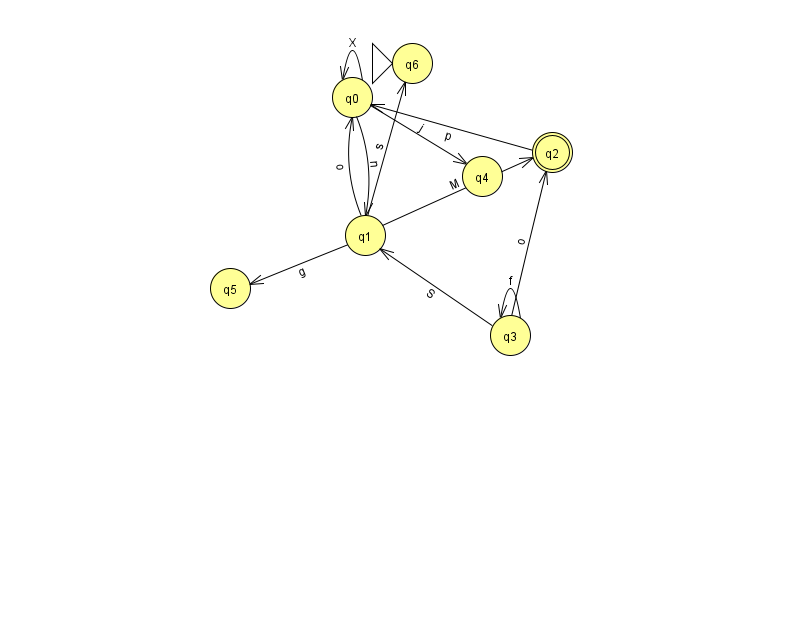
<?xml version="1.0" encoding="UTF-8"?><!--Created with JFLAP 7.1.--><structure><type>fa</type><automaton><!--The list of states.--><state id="0" name="q0"><x>352.0</x><y>84.0</y></state><state id="1" name="q1"><x>365.0</x><y>222.0</y></state><state id="2" name="q2"><x>552.0</x><y>139.0</y><final/></state><state id="3" name="q3"><x>510.0</x><y>322.0</y></state><state id="4" name="q4"><x>482.0</x><y>163.0</y></state><state id="5" name="q5"><x>230.0</x><y>275.0</y></state><state id="6" name="q6"><x>412.0</x><y>50.0</y><initial/></state><!--The list of transitions.--><transition><from>0</from><to>1</to><read>n</read></transition><transition><from>1</from><to>0</to><read>o</read></transition><transition><from>1</from><to>6</to><read>s</read></transition><transition><from>0</from><to>4</to><read>j</read></transition><transition><from>3</from><to>1</to><read>S</read></transition><transition><from>3</from><to>3</to><read>f</read></transition><transition><from>0</from><to>0</to><read>X</read></transition><transition><from>3</from><to>2</to><read>o</read></transition><transition><from>1</from><to>2</to><read>M</read></transition><transition><from>1</from><to>5</to><read>g</read></transition><transition><from>2</from><to>0</to><read>p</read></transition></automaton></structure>